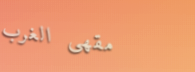
مقهى الغرب